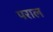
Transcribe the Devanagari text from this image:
पराल